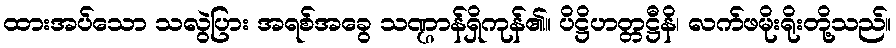
ထားအပ်သော သလွဲပြား အရစ်အခွေ သဏ္ဌာန်ရှိကုန်၏။ ပိဋ္ဌိဟတ္တဋ္ဌီနိ၊ လက်ဖမိုးရိုးတို့သည်။